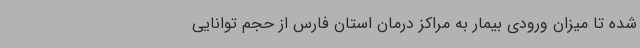
شده تا میزان ورودی بیمار به مراکز درمان استان فارس از حجم توانایی